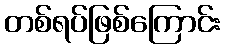
တစ်ရပ်ဖြစ်ကြောင်း